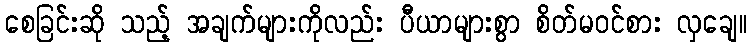
စေခြင်းဆို သည့် အချက်များကိုလည်း ပီယာများစွာ စိတ်မဝင်စား လှချေ။